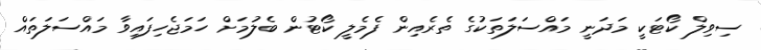
ސިވިލް ކޯޓަކީ މަދަނީ މައްސަލަތަކުގެ ތެރެއިން ފެމެލީ ކޯޓުން ބެލުމަށް ހަމަޖެހިފައިވާ މައްސަލަތައް